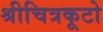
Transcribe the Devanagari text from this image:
श्रीचित्रकूटो